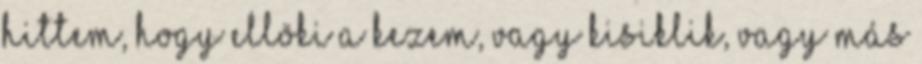
hittem, hogy ellöki a kezem, vagy kisiklik, vagy más